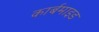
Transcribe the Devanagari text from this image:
कार्बमाइड